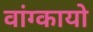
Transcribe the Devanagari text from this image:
वांग्कायो